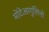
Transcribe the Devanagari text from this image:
मोंटेआगुलिनो